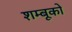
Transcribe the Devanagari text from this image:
शम्बूको